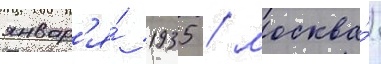
январ'я́ 1935 / москва́)